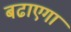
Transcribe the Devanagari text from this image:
बढाएगा